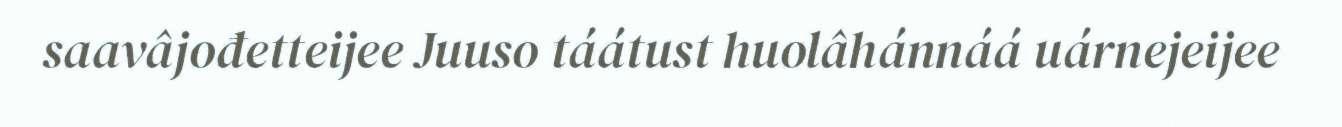
saavâjođetteijee Juuso táátust huolâhánnáá uárnejeijee